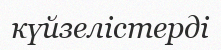
күйзелістерді